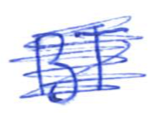
Text: BT
Cross-out: mix
Writing tool: ballpoint